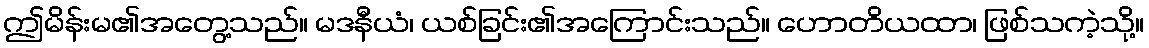
ဤမိန်းမ၏အတွေ့သည်။ မဒနီယံ၊ ယစ်ခြင်း၏အကြောင်းသည်။ ဟောတိယထာ၊ ဖြစ်သကဲ့သို့။